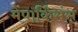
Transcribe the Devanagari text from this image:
मेंपार्किंसंस